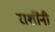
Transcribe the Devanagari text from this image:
राशींनी